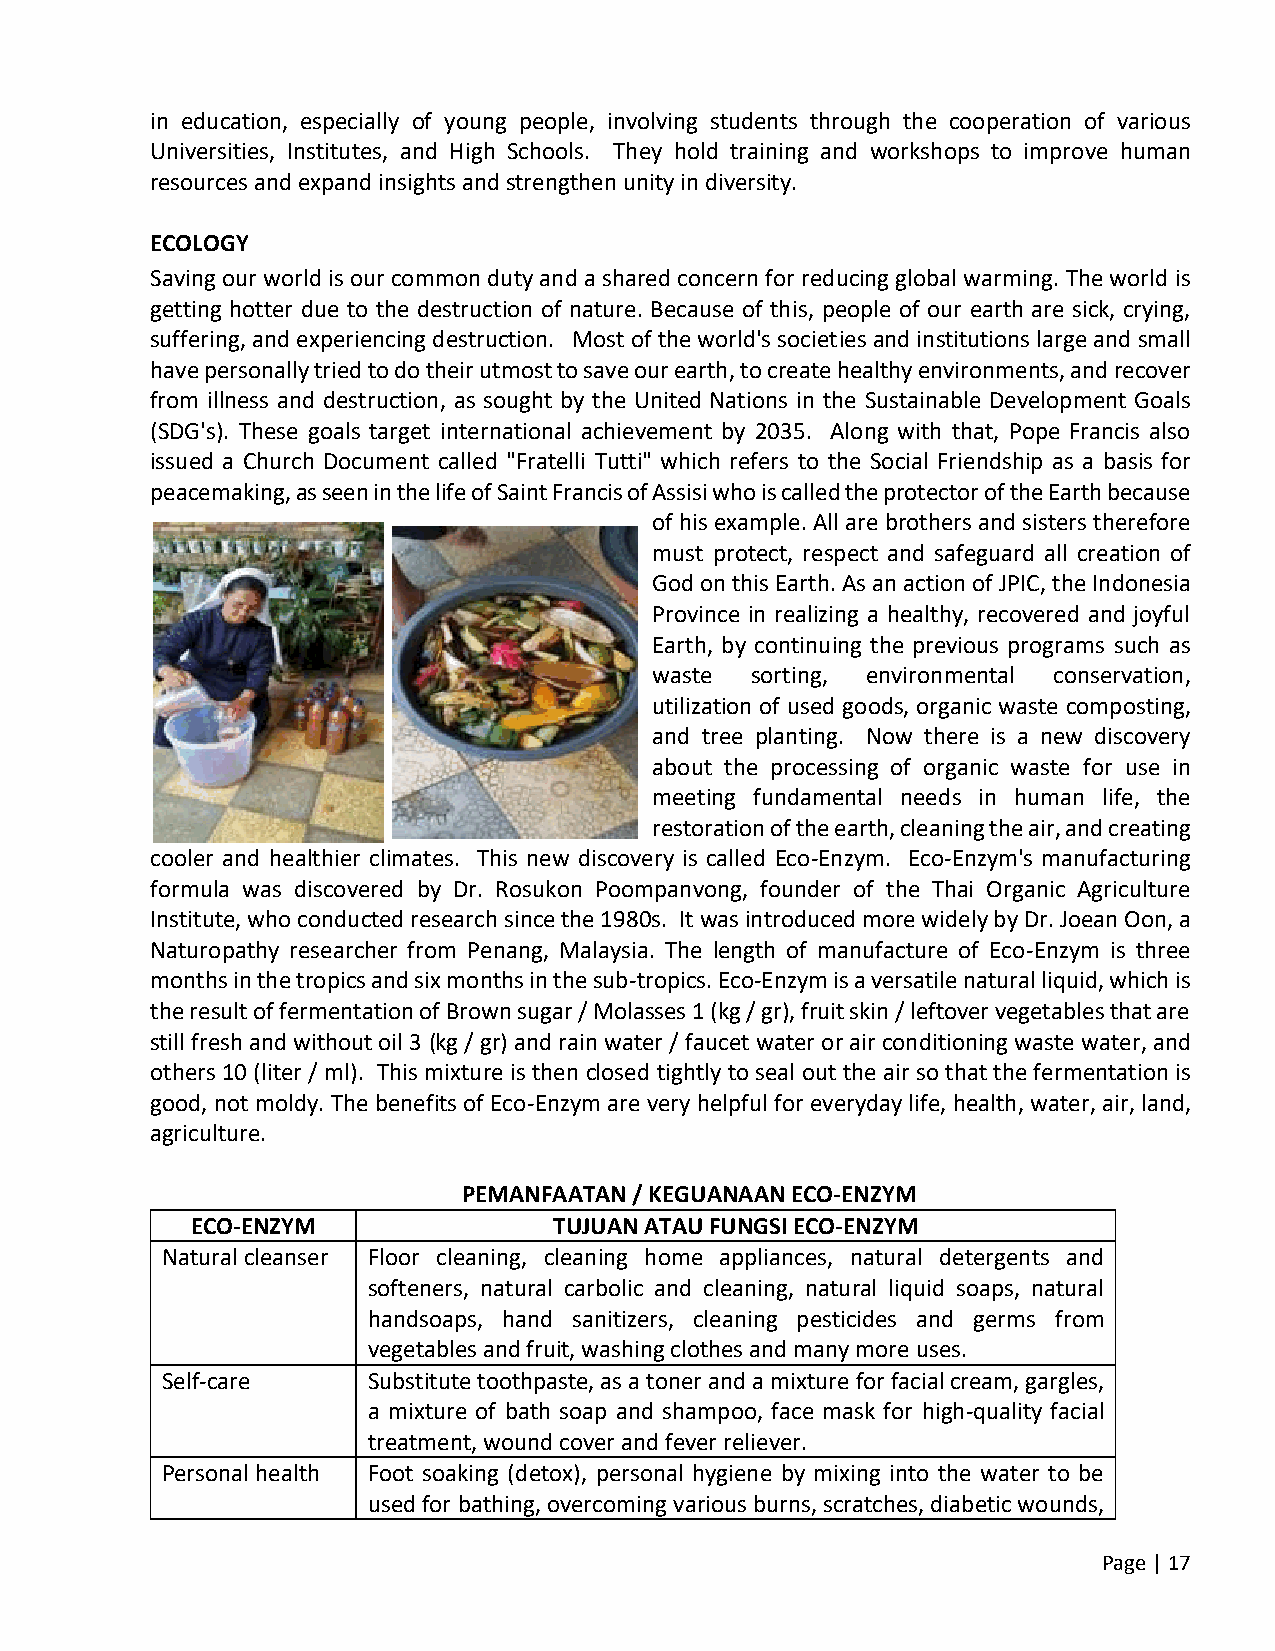
in education, especially of young people, involving students through the cooperation of various
 Universities, Institutes, and High Schools. They hold training and workshops to improve human
 resources and expand insights and strengthen unity in diversity.
 ECOLOGY
 Saving our world is our common duty and a shared concern for reducing global warming. The world is
 getting hotter due to the destruction of nature. Because of this, people of our earth are sick, crying,
 suffering, and experiencing destruction. Most of the world's societies and institutions large and small
 have personally tried to do their utmost to save our earth, to create healthy environments, and recover
 from illness and destruction, as sought by the United Nations in the Sustainable Development Goals
 (SDG's). These goals target international achievement by 2035. Along with that, Pope Francis also
 issued a Church Document called "Fratelli Tutti" which refers to the Social Friendship as a basis for
 peacemaking, as seen in the life of Saint Francis of Assisi who is called the protector of the Earth because
 of his example. All are brothers and sisters therefore
 must protect, respect and safeguard all creation of
 God on this Earth. As an action of JPIC, the Indonesia
 Province in realizing a healthy, recovered and joyful
 Earth, by continuing the previous programs such as
 waste  sorting, environmental conservation,
 utilization of used goods, organic waste composting,
 and tree planting. Now there is a new discovery
 about the processing of organic waste for use in
 meeting fundamental needs in human life, the
 restoration of the earth, cleaning the air, and creating
 cooler and healthier climates. This new discovery is called Eco-Enzym. Eco-Enzym's manufacturing
 formula was discovered by Dr. Rosukon Poompanvong, founder of the Thai Organic Agriculture
 Institute, who conducted research since the 1980s. It was introduced more widely by Dr. Joean Oon, a
 Naturopathy researcher from Penang, Malaysia. The length of manufacture of Eco-Enzym is three
 months in the tropics and six months in the sub-tropics. Eco-Enzym is a versatile natural liquid, which is
 the result of fermentation of Brown sugar / Molasses 1 (kg / gr), fruit skin / leftover vegetables that are
 still fresh and without oil 3 (kg / gr) and rain water / faucet water or air conditioning waste water, and
 others 10 (liter / ml). This mixture is then closed tightly to seal out the air so that the fermentation is
 good, not moldy. The benefits of Eco-Enzym are very helpful for everyday life, health, water, air, land,
 agriculture.
 PEMANFAATAN / KEGUANAAN ECO-ENZYM
 ECO-ENZYM               TUJUAN ATAU FUNGSI ECO-ENZYM
 Natural cleanser Floor cleaning, cleaning home appliances, natural detergents and
 softeners, natural carbolic and cleaning, natural liquid soaps, natural
 handsoaps, hand sanitizers, cleaning pesticides and germs from
 vegetables and fruit, washing clothes and many more uses.
 Self-care    Substitute toothpaste, as a toner and a mixture for facial cream, gargles,
 a mixture of bath soap and shampoo, face mask for high-quality facial
 treatment, wound cover and fever reliever.
 Personal health Foot soaking (detox), personal hygiene by mixing into the water to be
 used for bathing, overcoming various burns, scratches, diabetic wounds,
 Page | 17